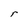
Character: r